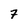
Character: 7